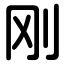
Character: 刚